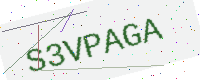
Text: S3VPAGA